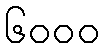
၆၀၀၀